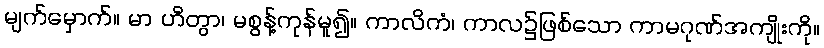
မျက်မှောက်။ မာ ဟိတွာ၊ မစွန့်ကုန်မူ၍။ ကာလိကံ၊ ကာလ၌ဖြစ်သော ကာမဂုဏ်အကျိုးကို။